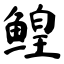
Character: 鳇